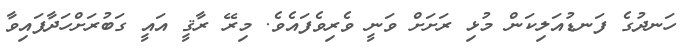
ހަނދުގެ ފަނޑުއަލިކަން މުޅި ރަށަށް ވަނީ ވެރިވެފައެވެ. މިރޭ ރާޤީ އައީ ގަބުރަށްހަދާފައިވާ